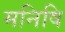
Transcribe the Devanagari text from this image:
मनिषि